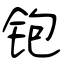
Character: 铇